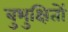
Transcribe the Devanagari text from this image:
बुभुक्षितों